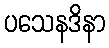
ပသေနဒိနာ